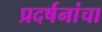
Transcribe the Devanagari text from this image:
प्रदर्षनांचा